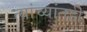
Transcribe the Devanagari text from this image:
त्यांच्यांतही